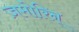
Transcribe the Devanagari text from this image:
ज़मोरिन्